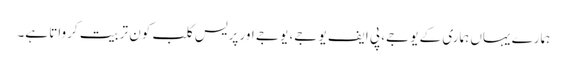
ہمارے یہاں ہماری کے یو جے، پی ایف یو جے، یو جے اور پریس کلب کون تربیت کرواتا ہے۔